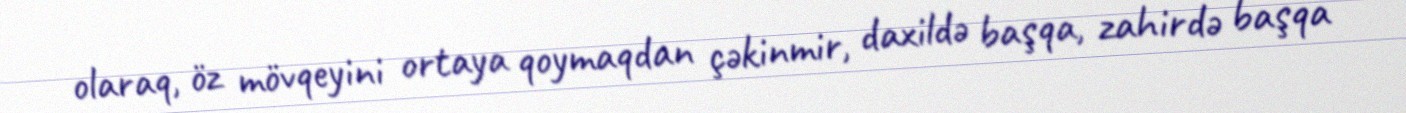
olaraq, öz mövqeyini ortaya qoymaqdan çəkinmir, daxildə başqa, zahirdə başqa